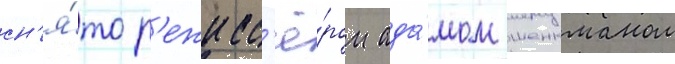
сн'я́то р'ежисс'ё́ром ада́мом шенкманом